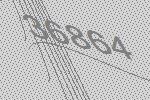
36864